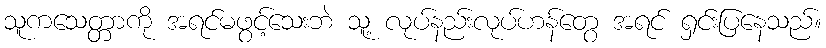
သူကသေတ္တာကို အရင်မဖွင့်သေးဘဲ သူ့ လုပ်နည်းလုပ်ဟန်တွေ အရင် ရှင်းပြနေသည်။